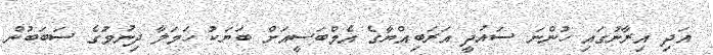
އަދި އިރާނުގައި ހުންނަ ސައުދީ އަރަބިއްޔާގެ އެމްބަސީއަށް ބަޔަކު ހަމަލާ ދިނުމުގެ ސަބަބުން